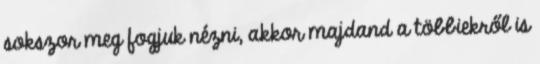
sokszor meg fogjuk nézni, akkor majdand a többiekről is